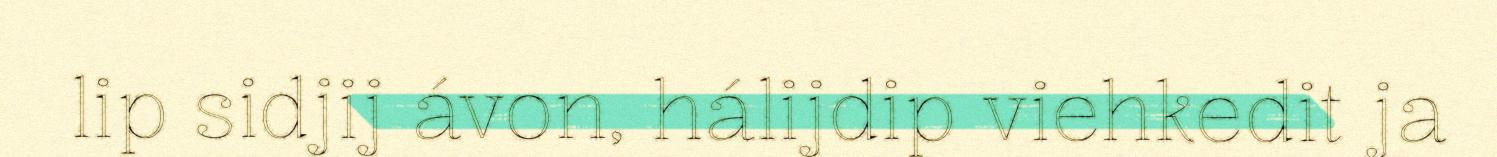
lip sidjij ávon, hálijdip viehkedit ja